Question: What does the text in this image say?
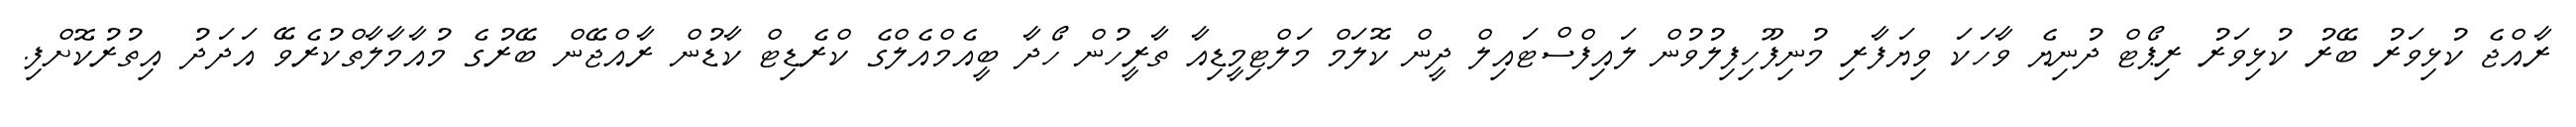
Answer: ރާއްޖެ ކުޅިވަރު ބޭރު ކުޅިވަރު ރިޕޯޓް ދުނިޔެ ވާހަކަ ވިޔަފާރި މުނިފޫހިފިލުވުން ލައިފްސްޓައިލް ދީން ކޮލަމް މަލްޓިމީޑިއާ ތާރީހުން ހޯދާ ބީއެމްއެލްގެ ކްރެޑިޓް ކާޑުން ރާއްޖޭން ބޭރުގެ މުއާމާލާތްކުރެވޭ އަދަދު އިތުރުކޮށްފި.